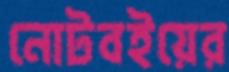
নোটবইয়ের